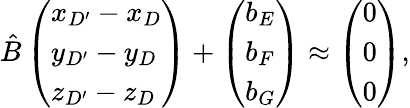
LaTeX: \hat{B}\left(\begin{array}{l}{x_{D^{\prime}}-x_{D}}\\ {y_{D^{\prime}}-y_{D}}\\ {z_{D^{\prime}}-z_{D}}\end{array}\right)+\left(\begin{array}{l}{b_{E}}\\ {b_{F}}\\ {b_{G}}\end{array}\right)\approx\left(\begin{array}{l}{0}\\ {0}\\ {0}\end{array}\right),